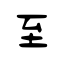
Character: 至